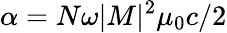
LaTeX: \alpha=N\omega|M|^{2}\mu_{0}c/2